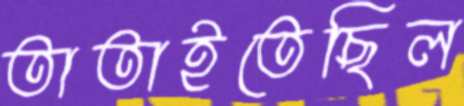
তাতাইতেছিল